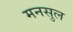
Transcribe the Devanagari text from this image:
मनसुल